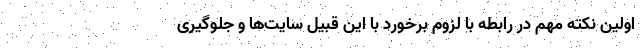
اولین نکته مهم در رابطه با لزوم برخورد با این قبیل سایت‌ها و جلوگیری